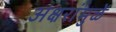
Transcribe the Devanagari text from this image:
अक्षरांमुळें